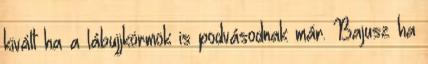
kivált ha a lábujjkörmök is podvásodnak már. Bajusz ha